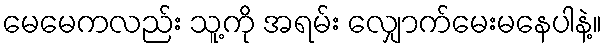
မေမေကလည်း သူ့ကို အရမ်း လျှောက်မေးမနေပါနဲ့။